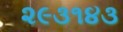
૨૯૩૧૪૩